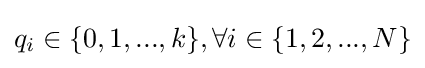
q_{i}\in \{0,1,...,k\},\forall i\in \{1,2,...,N\}